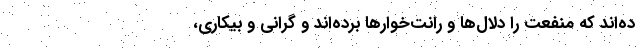
ده‌اند که منفعت را دلال‌ها و رانت‌خوارها برده‌اند و گرانی و بیکاری‌،